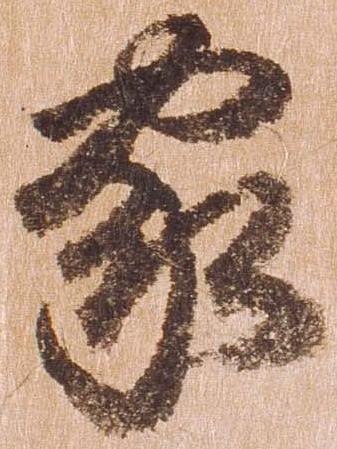
家